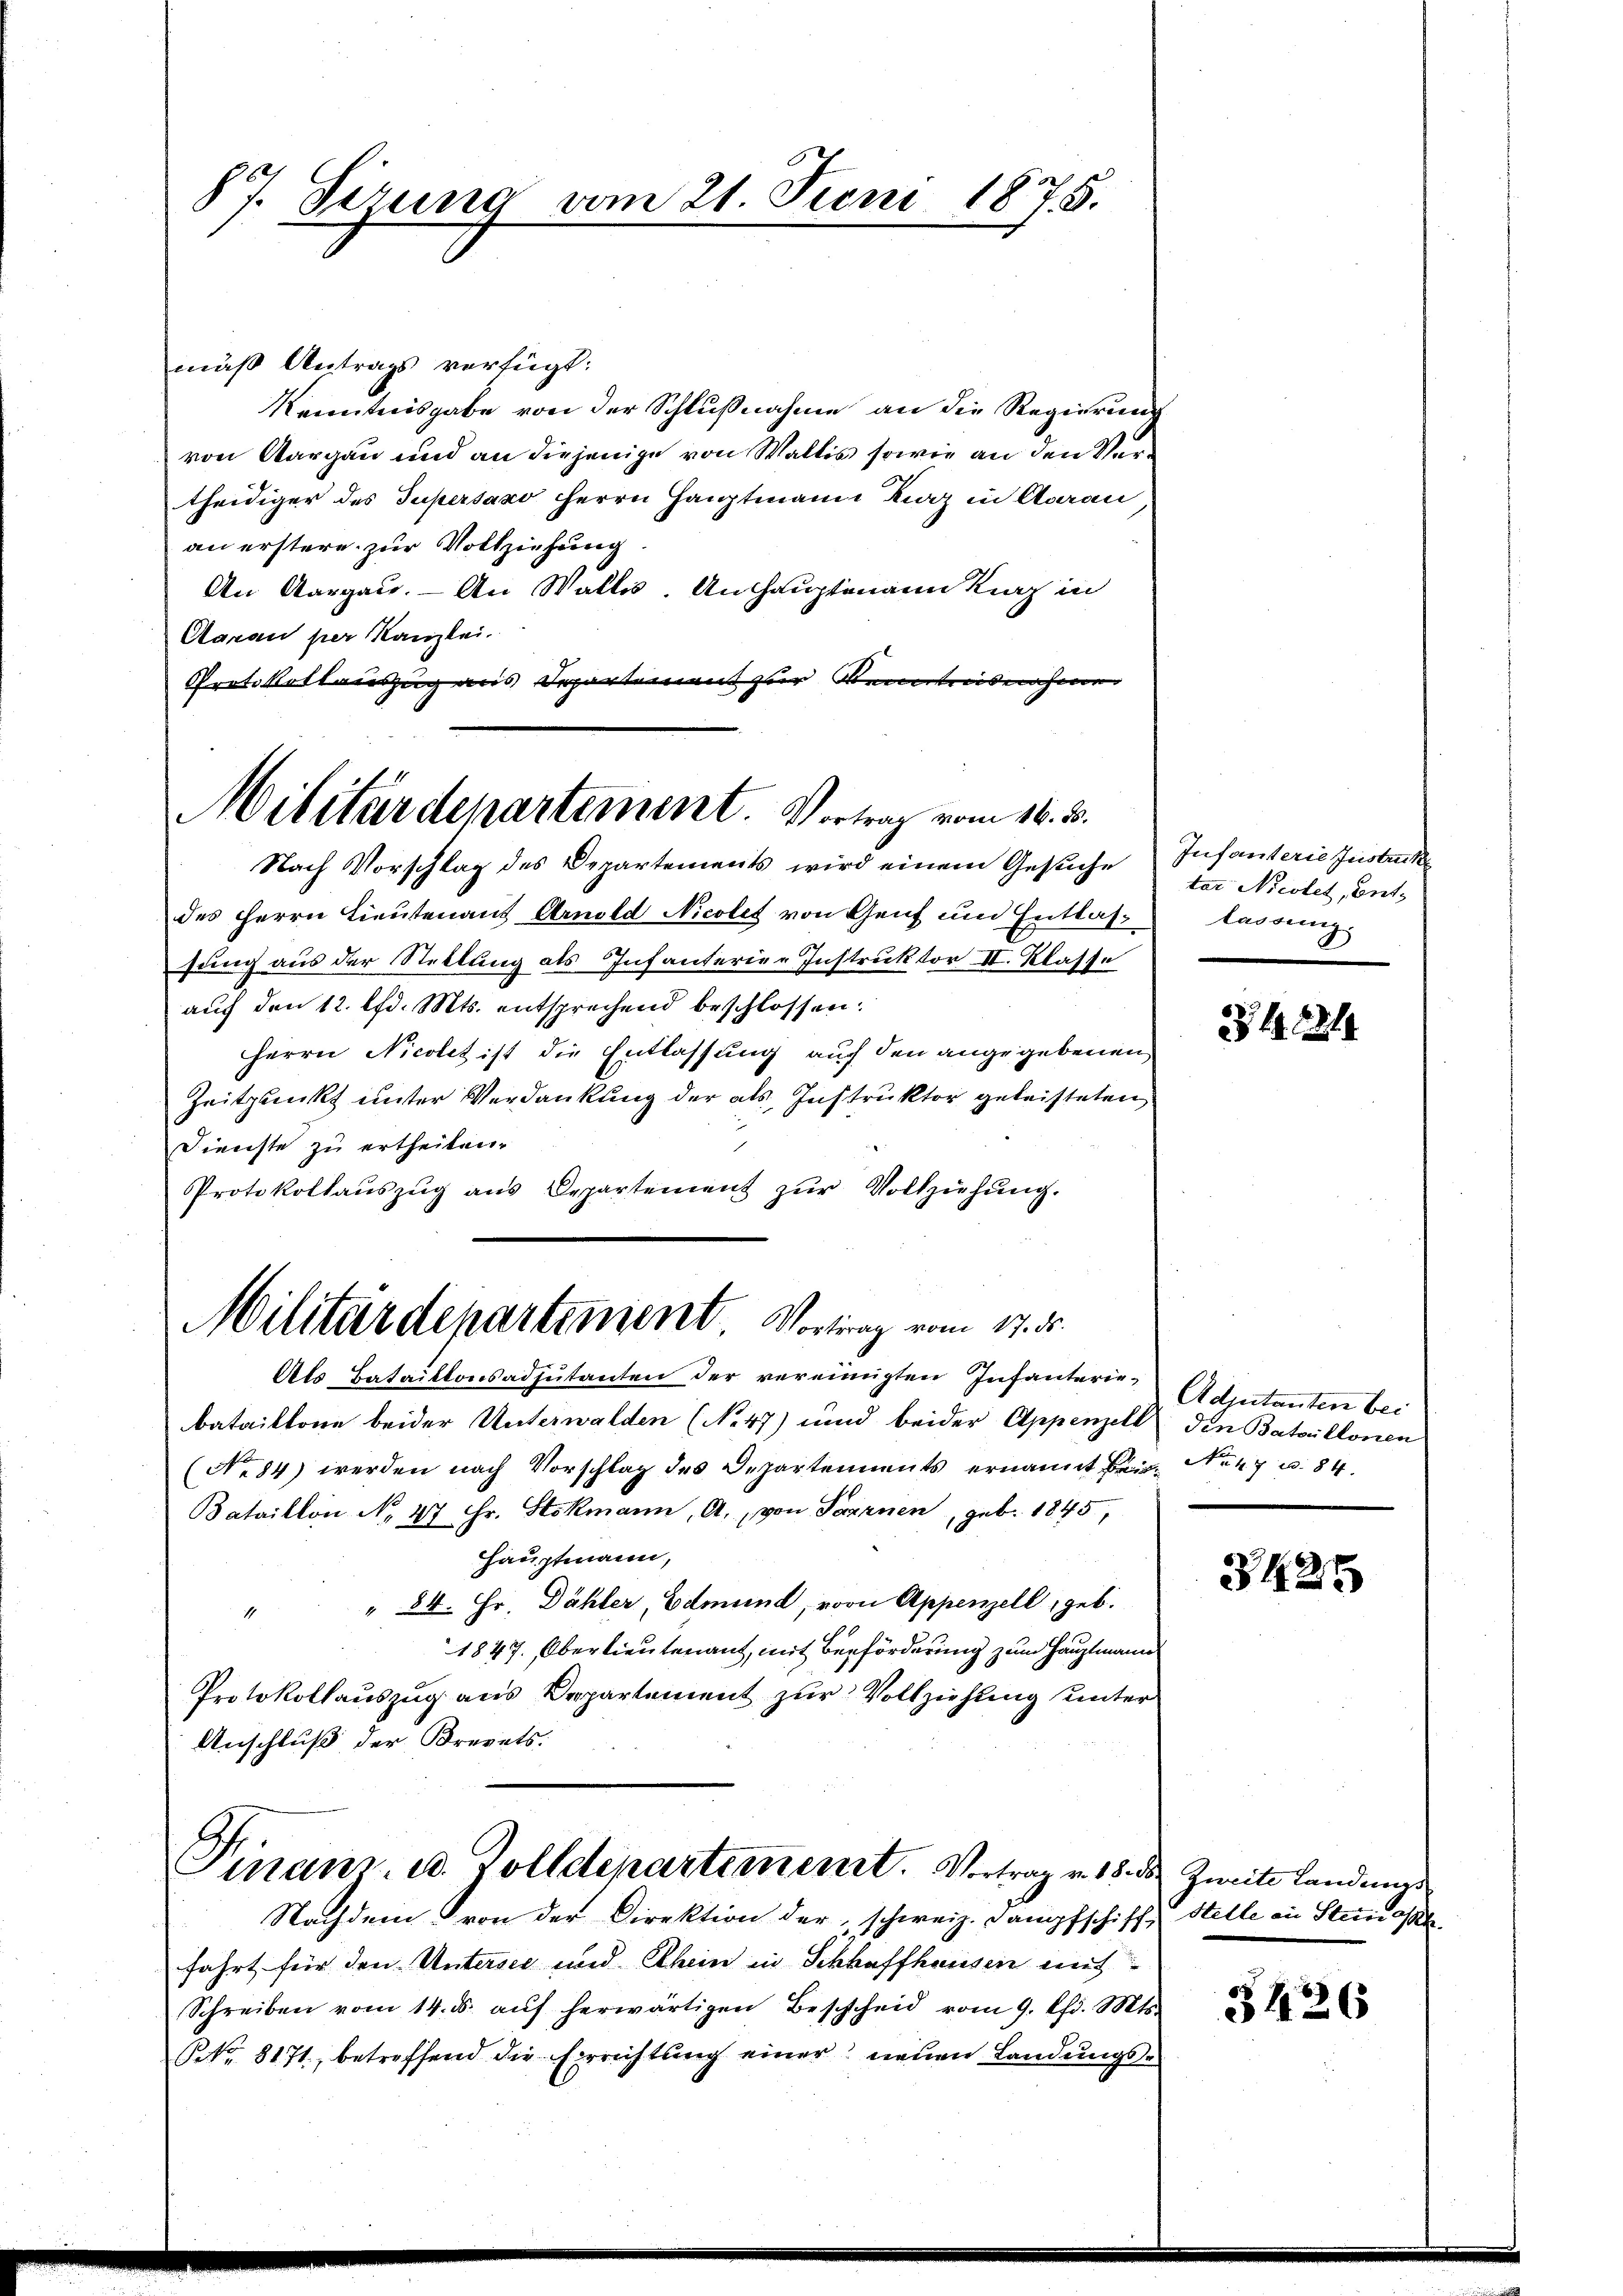
87. Sirung vom 21. Juni 1875.

mäß Antrags verfügt:
Kenntnisgabe von der Schlußnahme an die Regierung
von Aargau und an diejenige von Wallis sowie an den Vertheidiger des Supersaxo Herrn Hauptmann Kierz in Aarau
an erstere zur Vollziehung
An Aargau. — An Wallis. Anhauptmann Kurz in
Aarau per Kanzlei.
Protokollauszug aus Departement zur Kenntnisnahme

Militärdepartement. Vortrag vom 16. d.

Nach Vorschlag des Departements wird einem Gesuche
des Herrn Lieutenant Arnold Nicolet von Genf und Heitlass
sung aus der Stellung als Infanterie-Instruktor II. Klasse
auf den 12. lfd. Mts. entsprechend beschlossen.
Herrn Nicolet ist die Entlassung auf den angegebenen
Zeitpunkt unter Verdankung der als Instruktor geleisteten
Dienste zu ertheilen.
Protokollaŭszŭg ans Departement zŭr Vollziehung.

Militärdepartement. Vortrag vom 17. d.
Als Bataillonsadjutanten der vereinigten Infanterie¬

Finanz, u. Zolldepartement. Vortrag v. 18. der Zweite Landings

bataillone beider Unterwalden (No 47) und beider Appenzell den Bataillonen
(No 84) werden nach Vorschlag des Departennents ernannt bei No 47 u. 84.
Bataillon No 47 Fr. Stokmann, A. von Tannen, geb. 1845,
Hauptmann,
" " 84. Hr. Dähler, Edmund, von Appenzell, geb.
1847. Oberlieutenant, mit Beförderung zum Hauptmann
Protokollauszug aus Departement zur Vollziehung unter
Anschluß der Brevets.

Nachdem von der Direktion der schweiz. Dampfschiff,
fahrt für den Untersee und Rhein in Schaffhausen mit
Schreiben vom 14. ds. aŭf herwärtigen Beschcheid vom 9. Chr. Mts.
NNo. 8171, betreffend die Errichtung einer neuen Landungs¬

Infanterie Instrucke
ter Nicotet, bet
lassung

344. 281

Adjutanten bei

Z425

Stelle an Stein a/Rh.

3426